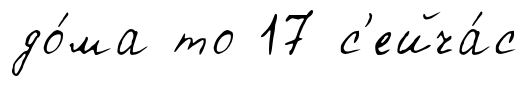
до́ма то 17 с'ейча́с